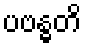
ပဗန္ဓတိ